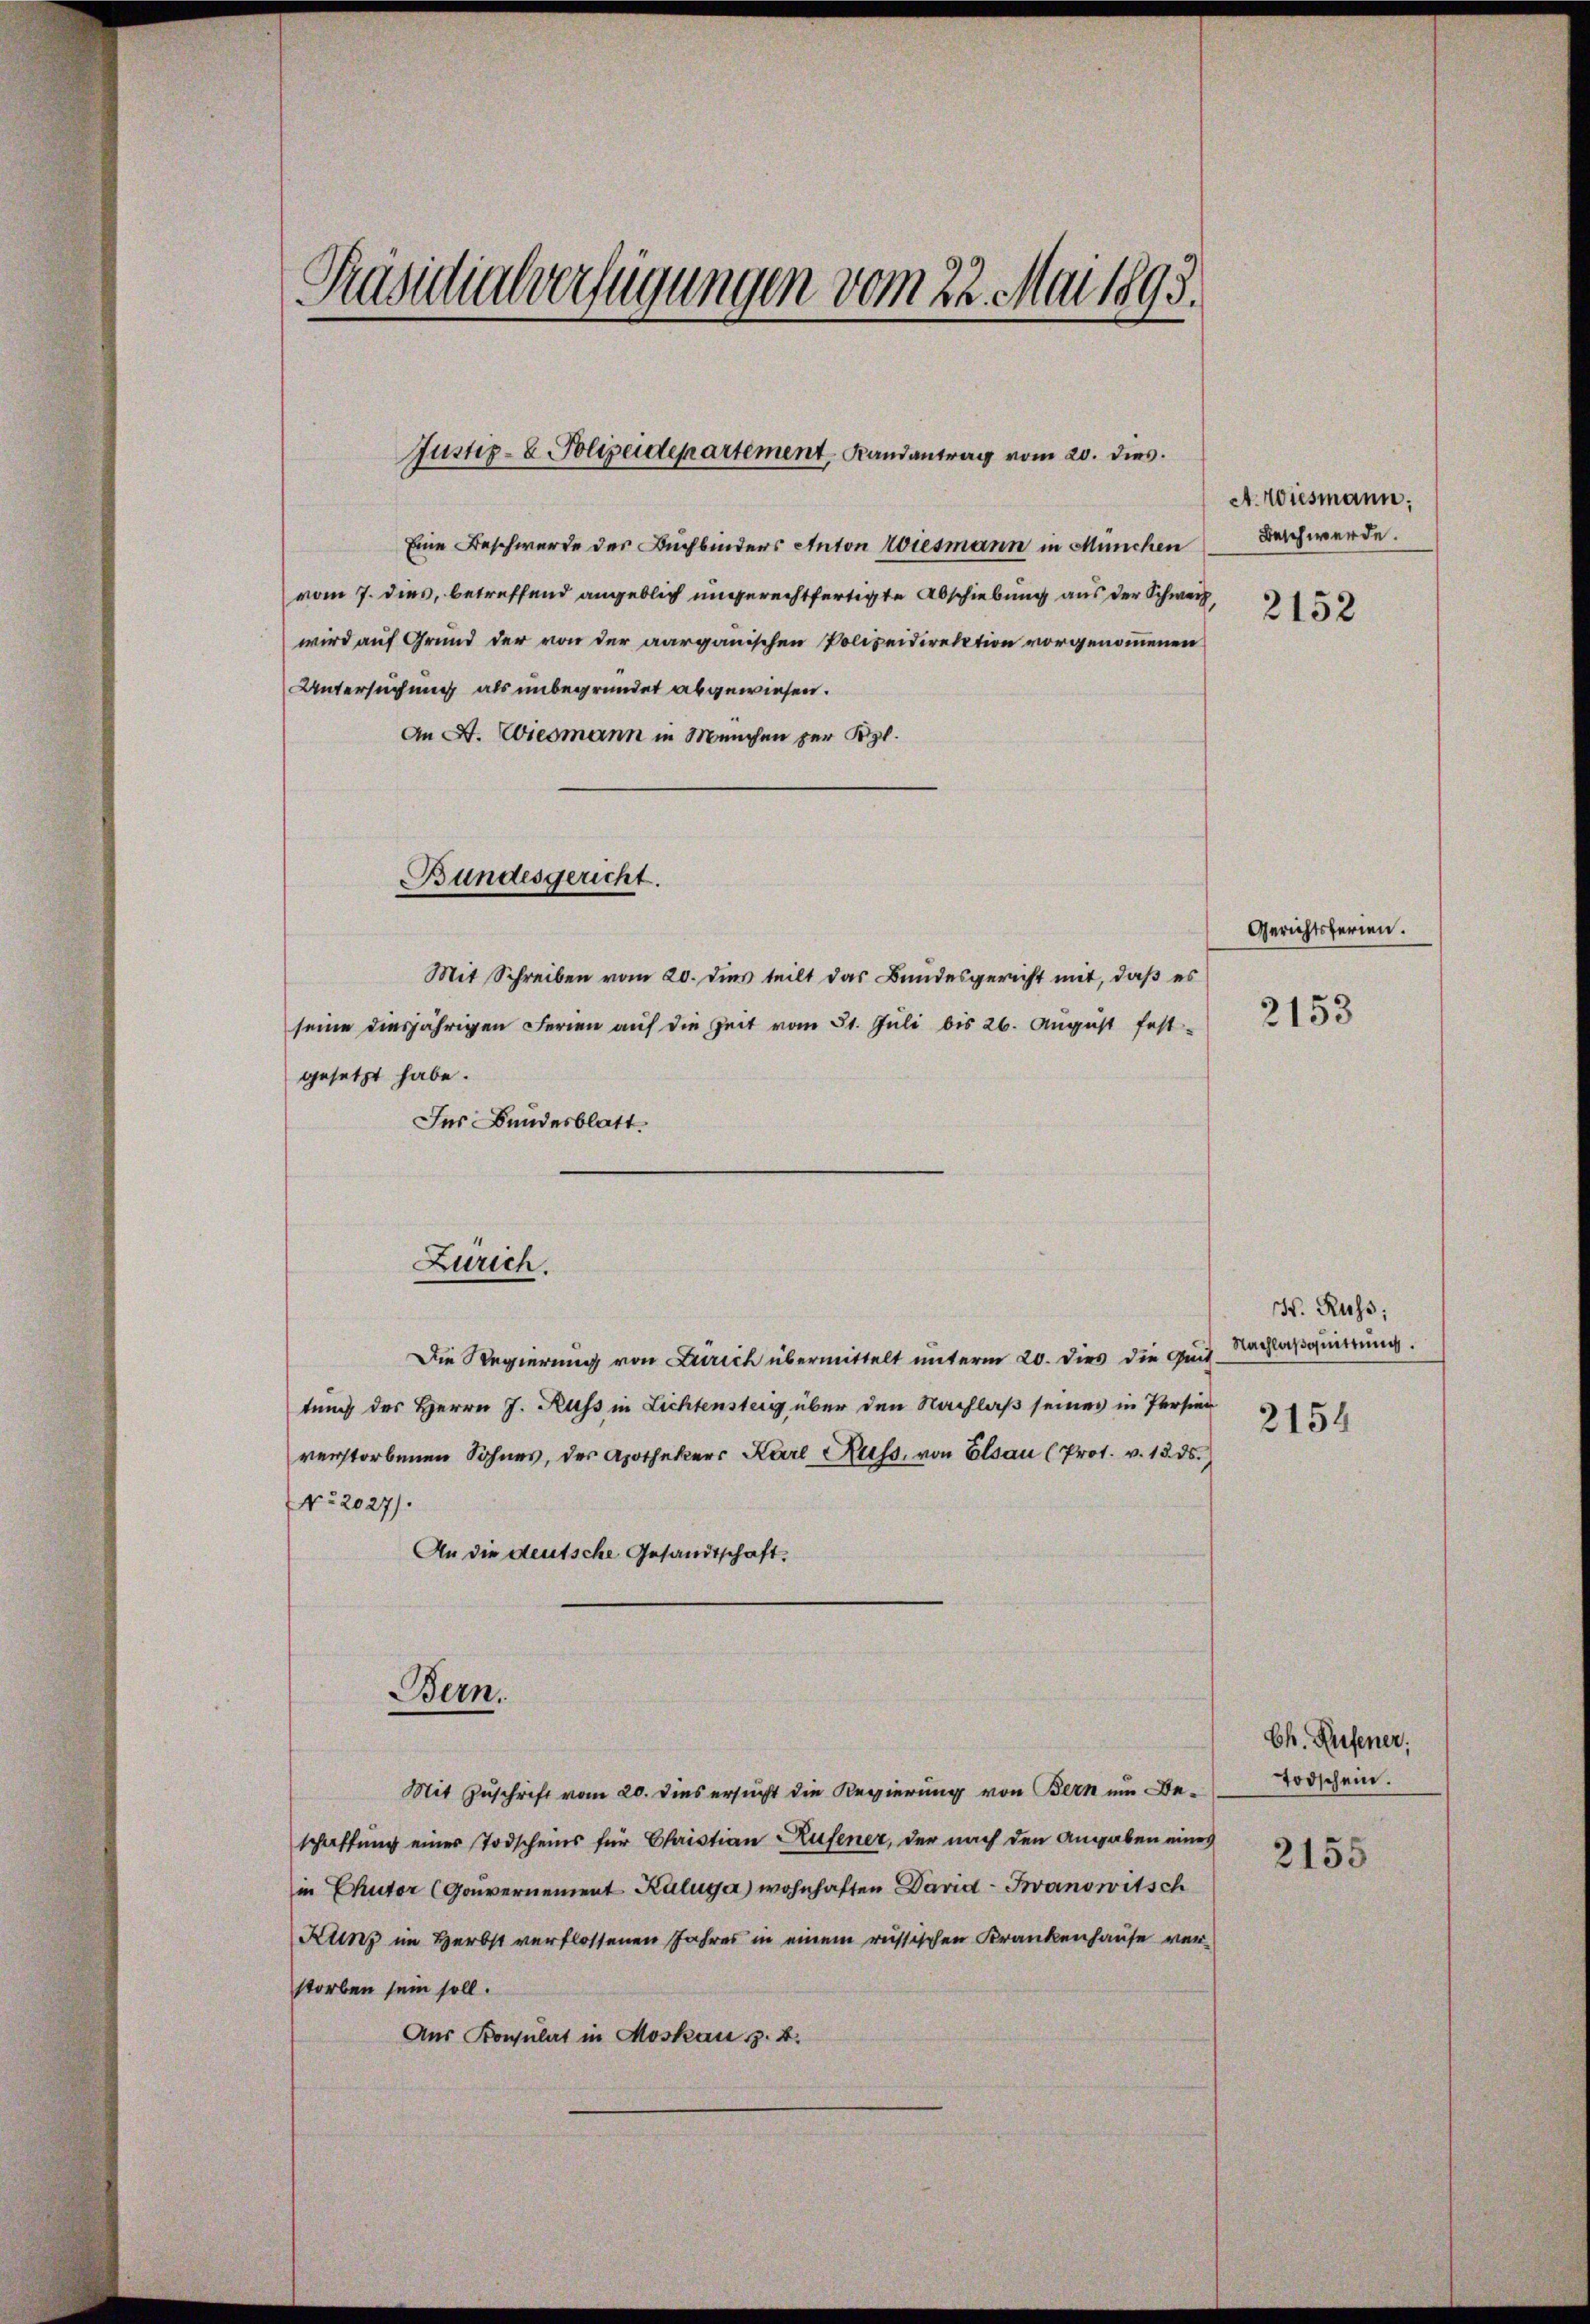
Präsidialverfügungen vom 22. Mai 1893.
d

Justiz- & Polizeidepartement Randantrag vom 20. dies

Eine Beschwerde des Buchbinders Anton Wiesmann in München
vom 7. dies, betreffend angeblich ungerechtfertigte Abschiebung aus der Schweiz,
wird auf Grund der von der aargauischen Polizeidirektion vorgenommenen
Untersuchung als unbegründet abgewiesen.
An A. Wiesmann in Meuchen zur Kgl.
Bundesgericht.
Mit Schreiben vom 20. dies teilt das Bundesgericht mit, daß es
seine diesjährigen Ferien auf die Zeit vom 31. Juli bis 26. August fest-
gesetzt habe.
Des Bundesblatt

Zürich.

Bern.

A. Wiesmann;
Beschwerde.
2152

Gerichtsferien.
2153

Die Regierung von Zürich übermittelt unterm 20. dies die Quit-
tung des Herrn J. Russ in Lichtensteig über den Nachlaß seines in Persien
verstorbenen Sohnes, der Apothekers Karl Kuss, von Elsau (Prot. v. 13. ds.
No. 2027).
An die deutsche Gesandtschaft.
Mit Zuschrift vom 20. dies ersucht die Regierung von Bern um Beschaffung einer Todscheins für Chaistian Rufener, der nach den Angaben eines
in Chutor (Gouvernement Kuluga) wohnhaften David Ivanowitsch
Kunz im Herbst verflossenen Jahres in einem russischen Krankenhause verstorben sein soll.
Aus Konsulat in Moskau z. B.

H. Russ;
Nachlaßquittung.
2154

Ch. Rufener:
Todschein.

2155